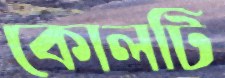
কোলটি